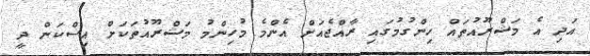
އަދި އެ މަޝްރޫއުތައް ހިންގުމުގައި ރާއްޖެއަށް އެންމެ މުހިންމު މަޝްރޫއުތަކަށް އިސްކަން ދީ